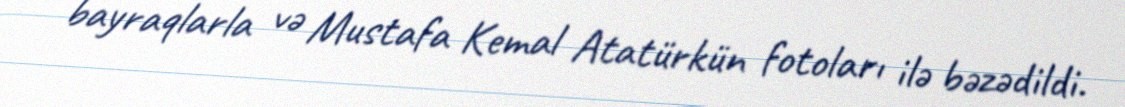
bayraqlarla və Mustafa Kemal Atatürkün fotoları ilə bəzədildi.